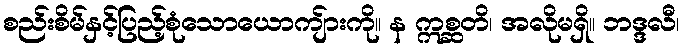
စည်းစိမ်နှင့်ပြည့်စုံသောယောကျ်ားကို။ န ဣစ္ဆတိ၊ အလိုမရှိ။ ဘဒ္ဒလီ၊